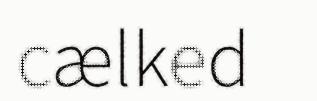
cælked